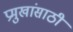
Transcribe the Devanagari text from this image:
प्रमुखांसाठी